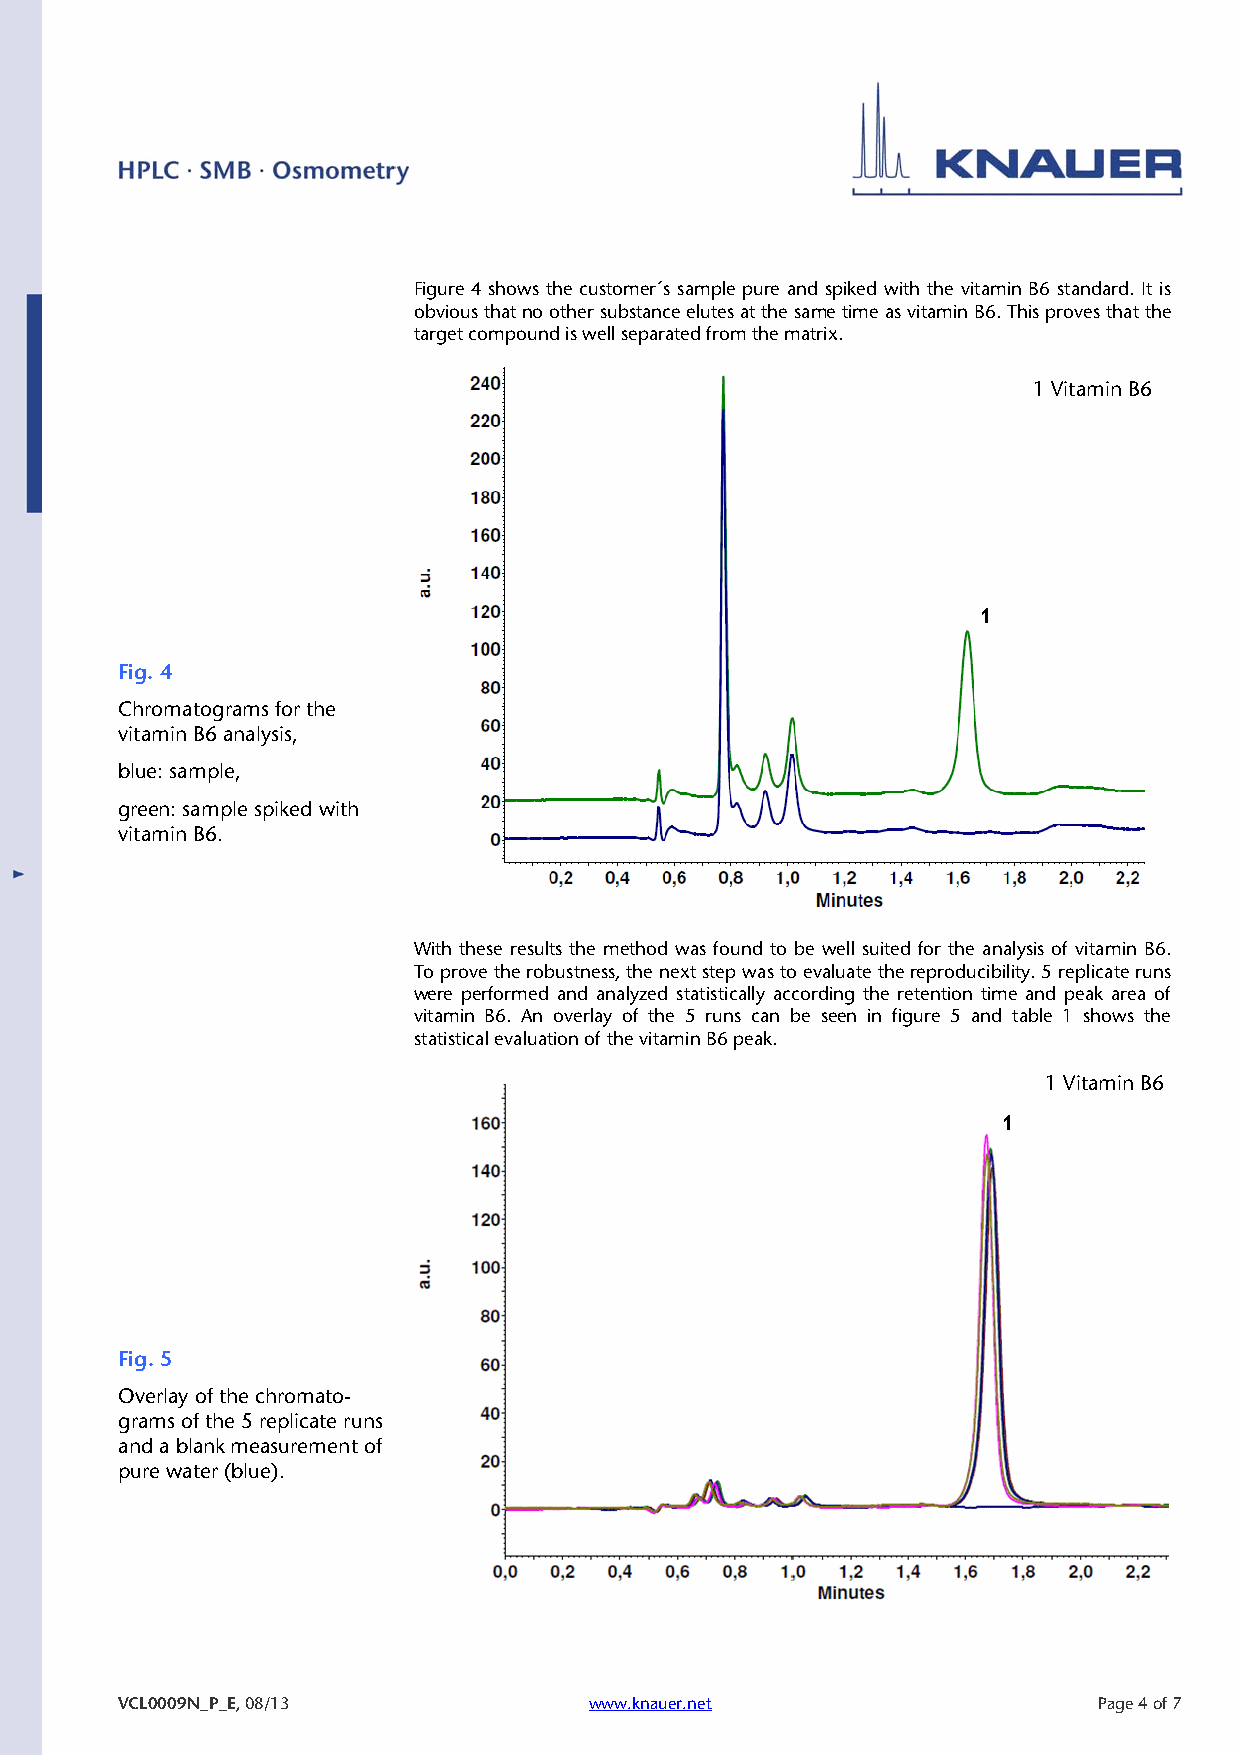
Figure 4 shows the customer´s sample pure and spiked with the vitamin B6 standard. It is
 obvious that no other substance elutes at the same time as vitamin B6. This proves that the
 target compound is well separated from the matrix.
 1 Vitamin B6
 1
 Fig. 4
 Chromatograms for the
 vitamin B6 analysis,
 blue: sample,
 green: sample spiked with
 vitamin B6.
 With these results the method was found to be well suited for the analysis of vitamin B6.
 To prove the robustness, the next step was to evaluate the reproducibility. 5 replicate runs
 were performed and analyzed statistically according the retention time and peak area of
 vitamin B6. An overlay of the 5 runs can be seen in figure 5 and table 1 shows the
 statistical evaluation of the vitamin B6 peak.
 1 Vitamin B6
 1
 Fig. 5
 Overlay of the chromato-
 grams of the 5 replicate runs
 and a blank measurement of
 pure water (blue).
 VCL0009N_P_E, 08/13            www.knauer.net                    Page 4 of 7